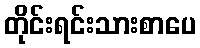
တိုင်းရင်းသားစာပေ